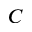
C